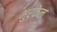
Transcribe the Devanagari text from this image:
भुरकेल